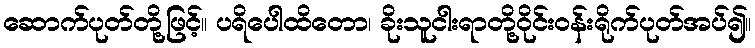
ဆောက်ပုတ်တို့ဖြင့်။ ပရိပေါထိတော၊ ခိုးသူငါးရာတို့ဝိုင်းဝန်းရိုက်ပုတ်အပ်၍။